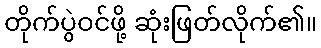
တိုက်ပွဲဝင်ဖို့ ဆုံးဖြတ်လိုက်၏။